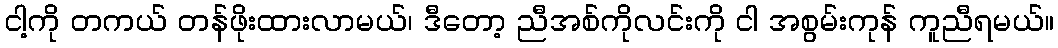
ငါ့ကို တကယ် တန်ဖိုးထားလာမယ်၊ ဒီတော့ ညီအစ်ကိုလင်းကို ငါ အစွမ်းကုန် ကူညီရမယ်။